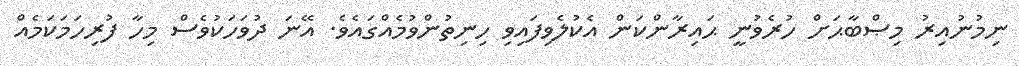
ނިމުނުއިރު މިޞްބާޙަށް ހުރެވުނީ ޙައިރާންކަން އެކުލެވިފައިވި ހިނިތުންވުމެއްގައެވެ. އޭނަ ދުވަހަކުވެސް މިހާ ފުރިހަމަކަމެއް